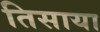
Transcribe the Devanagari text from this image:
तिसाया